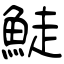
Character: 鯐